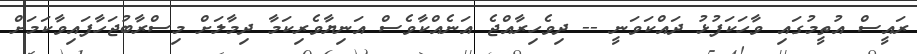
ރައީސް އުތީމުގައި ވާހަކަފުޅު ދައްކަވަނީ -- ދިވެހިރާއްޖެ އަނެއްކާވެސް އަނިޔާވެރިކަމާ ދިމާލަށް މިސްރާބުޖަހާފައިވާކަމަށް